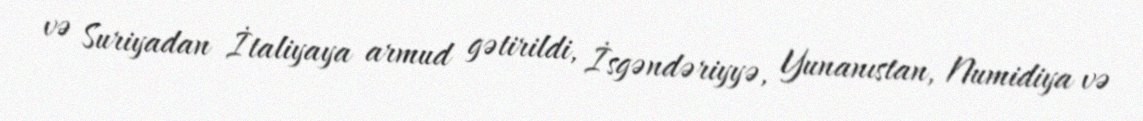
və Suriyadan İtaliyaya armud gətirildi, İsgəndəriyyə, Yunanıstan, Numidiya və